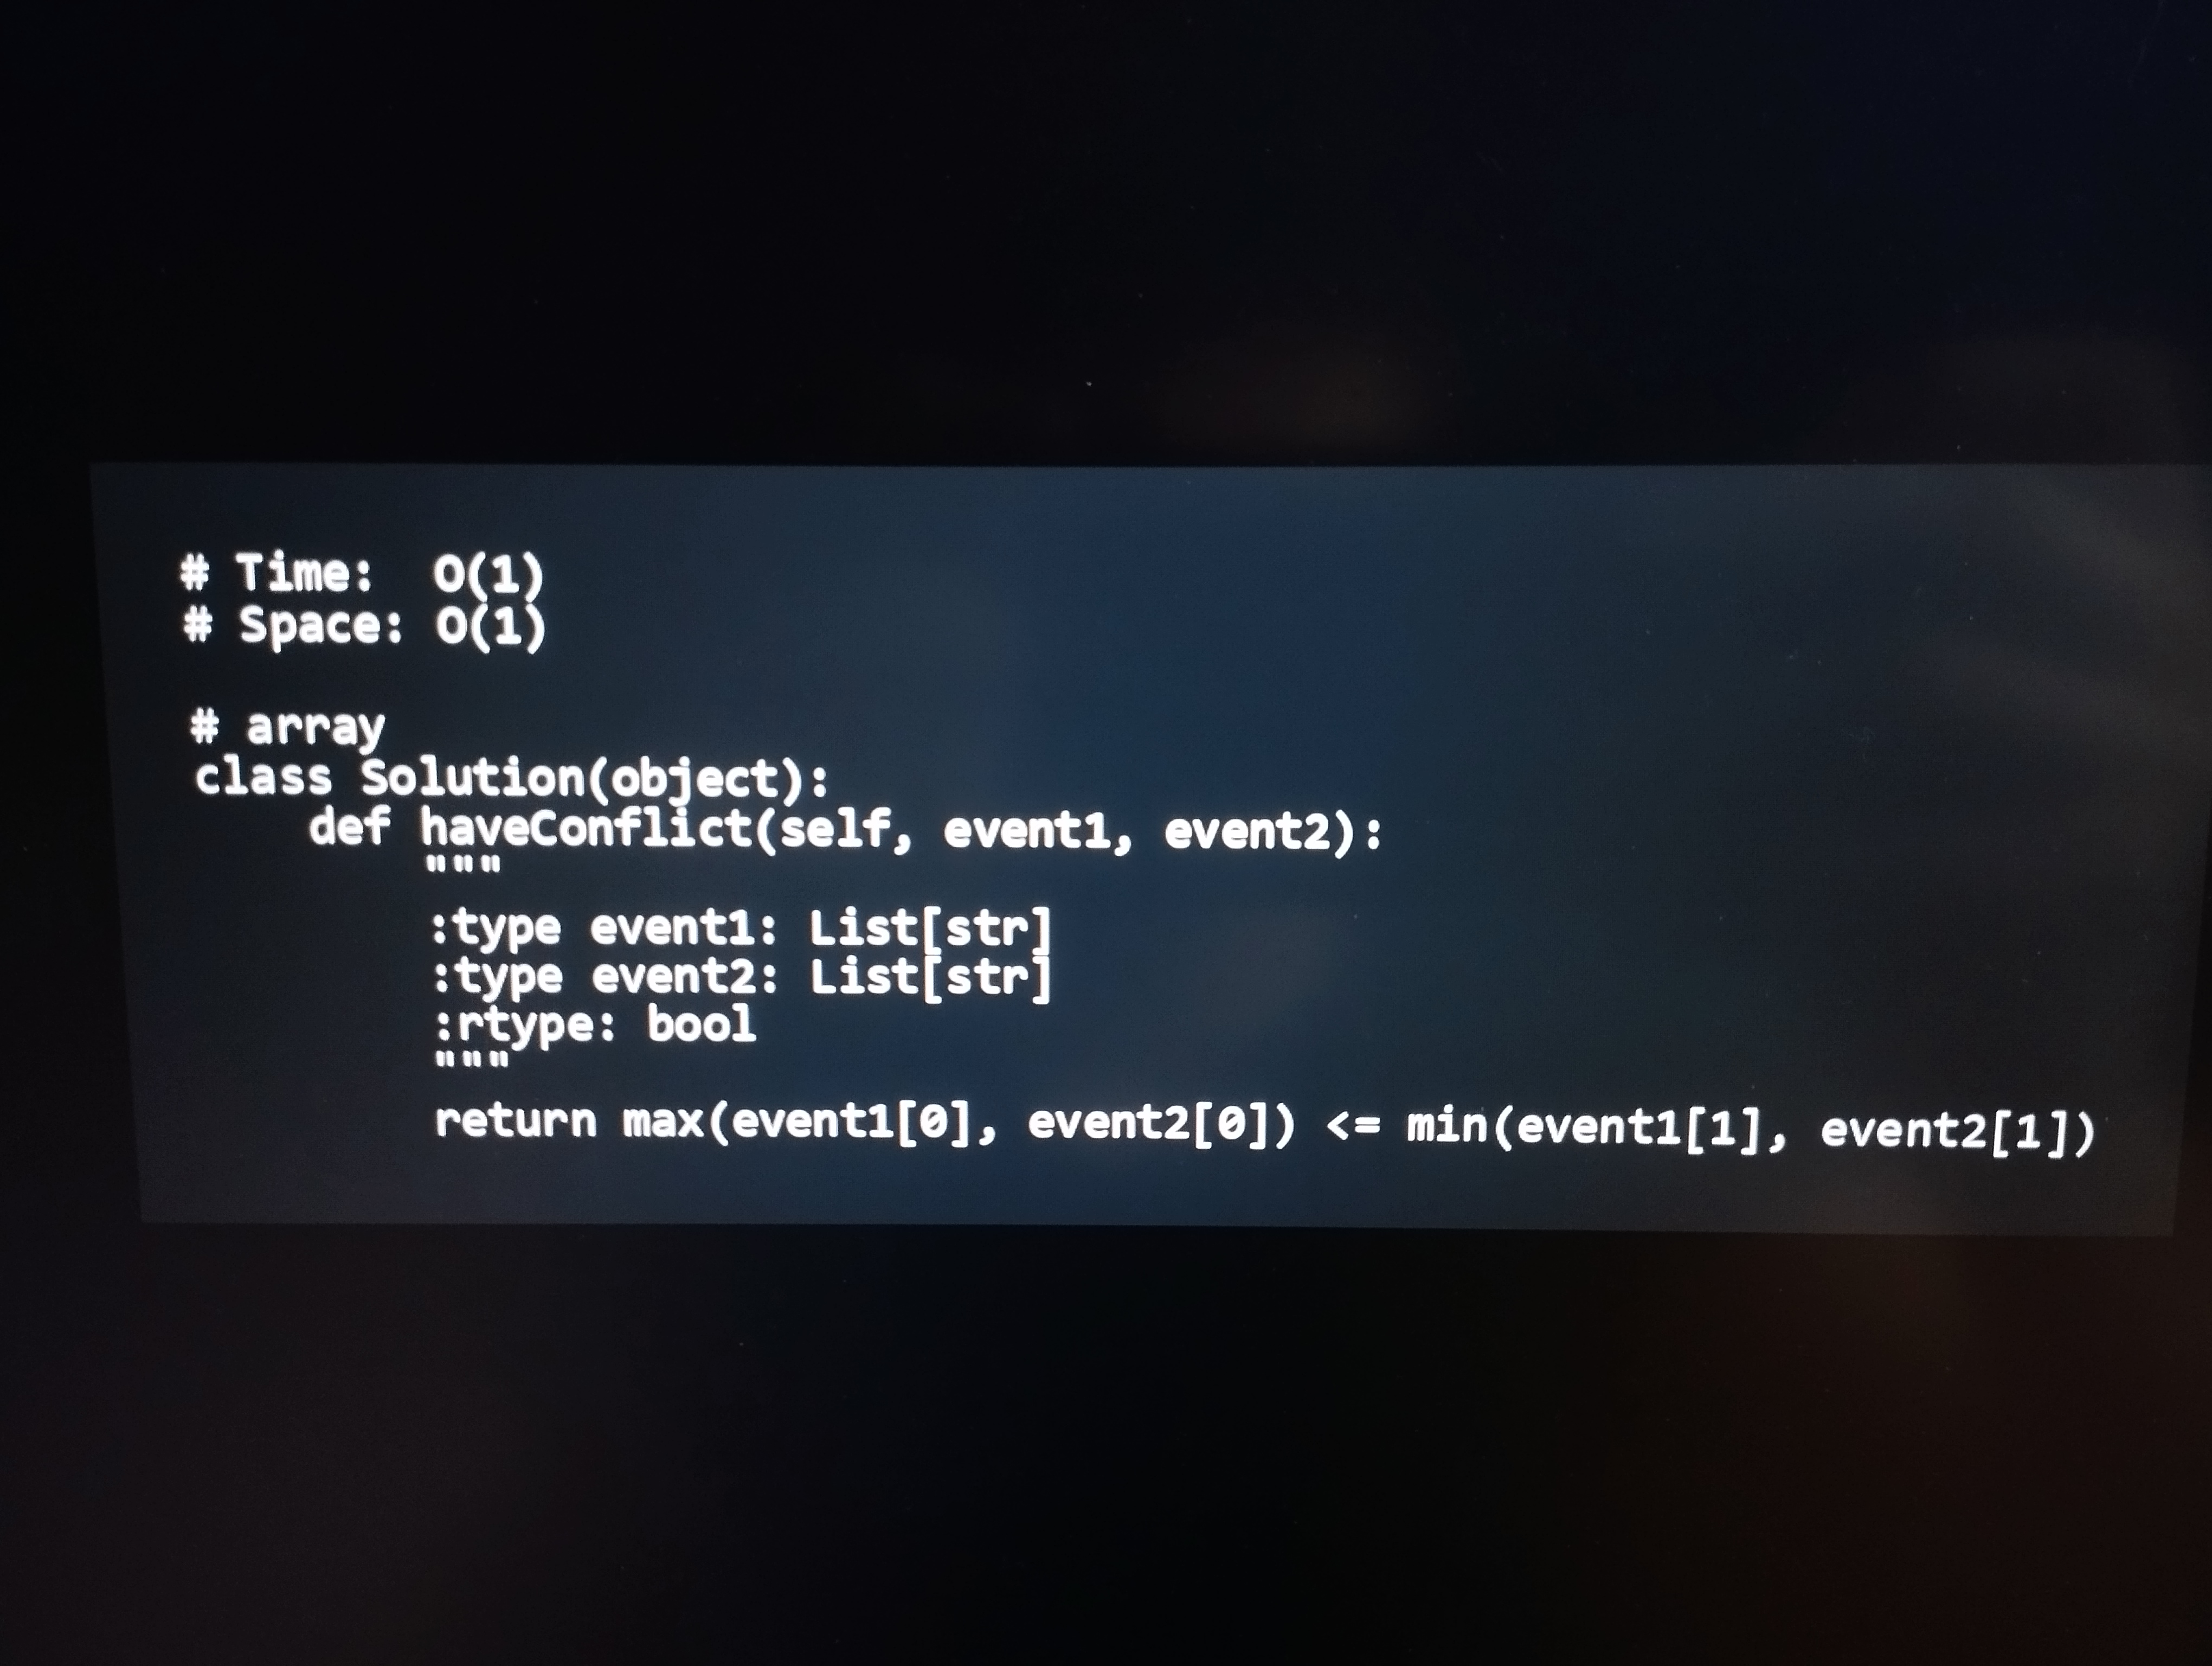
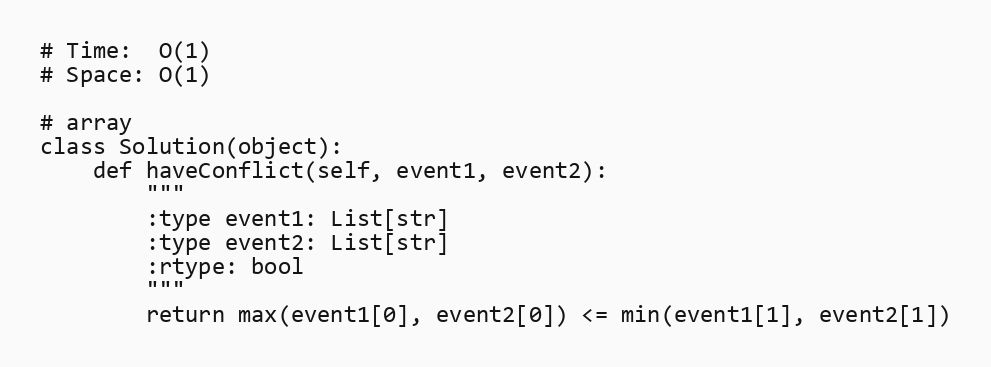
# Time:  O(1)
# Space: O(1)

# array
class Solution(object):
    def haveConflict(self, event1, event2):
        """
        :type event1: List[str]
        :type event2: List[str]
        :rtype: bool
        """
        return max(event1[0], event2[0]) <= min(event1[1], event2[1])